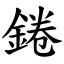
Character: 錈